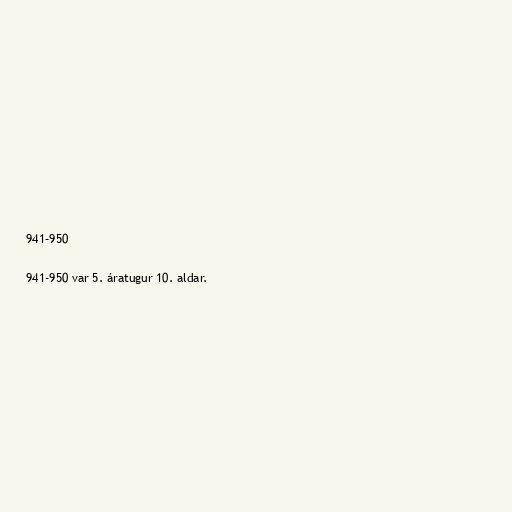
941–950

941-950 var 5. áratugur 10. aldar.